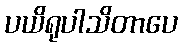
ပယိရုပါသိတာပေ